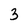
Character: 3